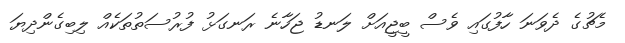
މެޗުގެ ދެވަނަ ހާފުގައި ވެސް ބީޖީއަށް ލަނޑު ޖަހާނެ ރަނގަޅު ފުރުސަތުތަކެއް ލިބިގެންދިޔަ